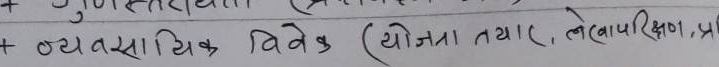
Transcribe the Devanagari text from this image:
+ गुणस्तरीय
+ व्यवसायिक विवेक (योजना तयार, लेखापरीक्षण, प्र